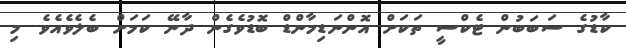
ކާޑުގެ ސަބަބުން ޓެކްސީ ތަކަށް އޮންނަޑިމާންޑް ބޮޑުވެގެން ދާނޭ ކަމަށް ބެލެވެއެވެ. މި